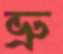
ভ্রু